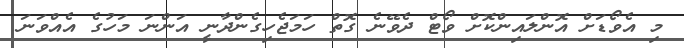
މި އެވޯޑަށް އޮންލައިންކޮށް ވޯޓް ދެވޭނެ ގޮތް ހަމަޖެހިގެންދާނީ އަންނަ މަހުގެ އެއްވަނަ